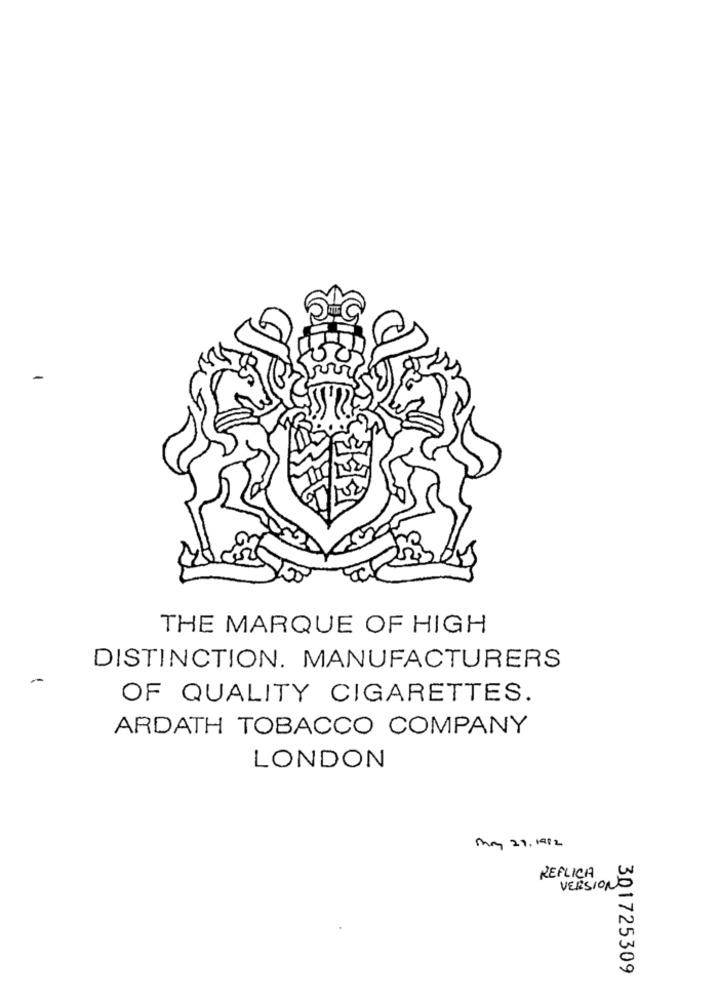
THE MARQUE OF HIGH
DISTINCTION. MANUFACTURERS
OF QUALITY CIGARETTES.
ARDATH TOBACCO COMPANY
LONDON
may 29, 1982
REPLICA
VERSIONE
301725309